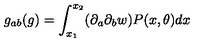
g _ { a b } ( g ) = \int _ { x _ { 1 } } ^ { x _ { 2 } } ( \partial _ { a } \partial _ { b } w ) P ( x , \theta ) d x